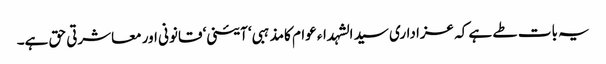
یہ بات طے ہے کہ عزاداری سید الشہداء عوام کامذہبی‘ آئینی‘ قانونی اور معاشرتی حق ہے۔